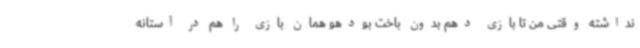
نداشته وقتی من تا بازی دهم بدون باخت بودهو همان بازی را هم در آستانه